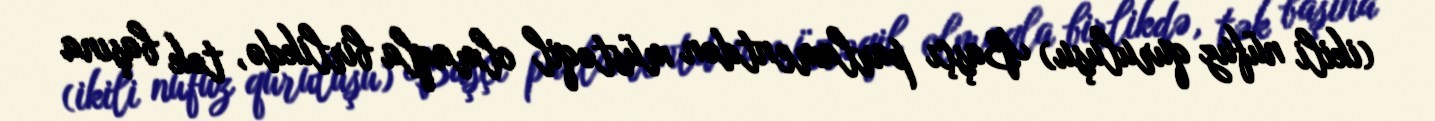
(ikili nüfuz quruluşu) Başçı parlamentdən müstəqil olmaqla birlikdə, tək başına